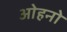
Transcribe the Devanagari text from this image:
ओहनो